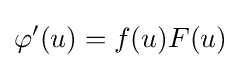
\varphi '(u)=f(u)F(u)